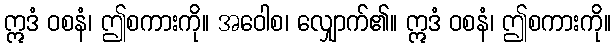
ဣဒံ ဝစနံ၊ ဤစကားကို။ အဝေါစ၊ လျှောက်၏။ ဣဒံ ဝစနံ၊ ဤစကားကို။